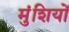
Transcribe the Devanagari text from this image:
मुंशियों